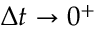
\Delta { t } \to 0 ^ { + }